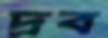
দ্রব